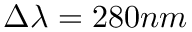
\Delta \lambda = 2 8 0 n m